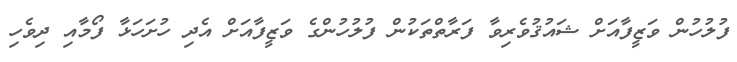
ފުލުހުން ވަޒީފާއަށް ޝައުޤުވެރިވާ ފަރާތްތަކުން ފުލުހުންގެ ވަޒީފާއަށް އެދި ހުށަހަޅާ ފޯމާއި ދިވެހި